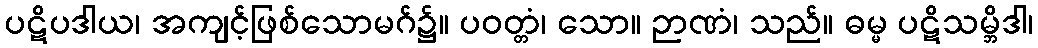
ပဋိပဒါယ၊ အကျင့်ဖြစ်သောမဂ်၌။ ပဝတ္တံ၊ သော။ ဉာဏံ၊ သည်။ ဓမ္မ ပဋိသမ္ဘိဒါ၊